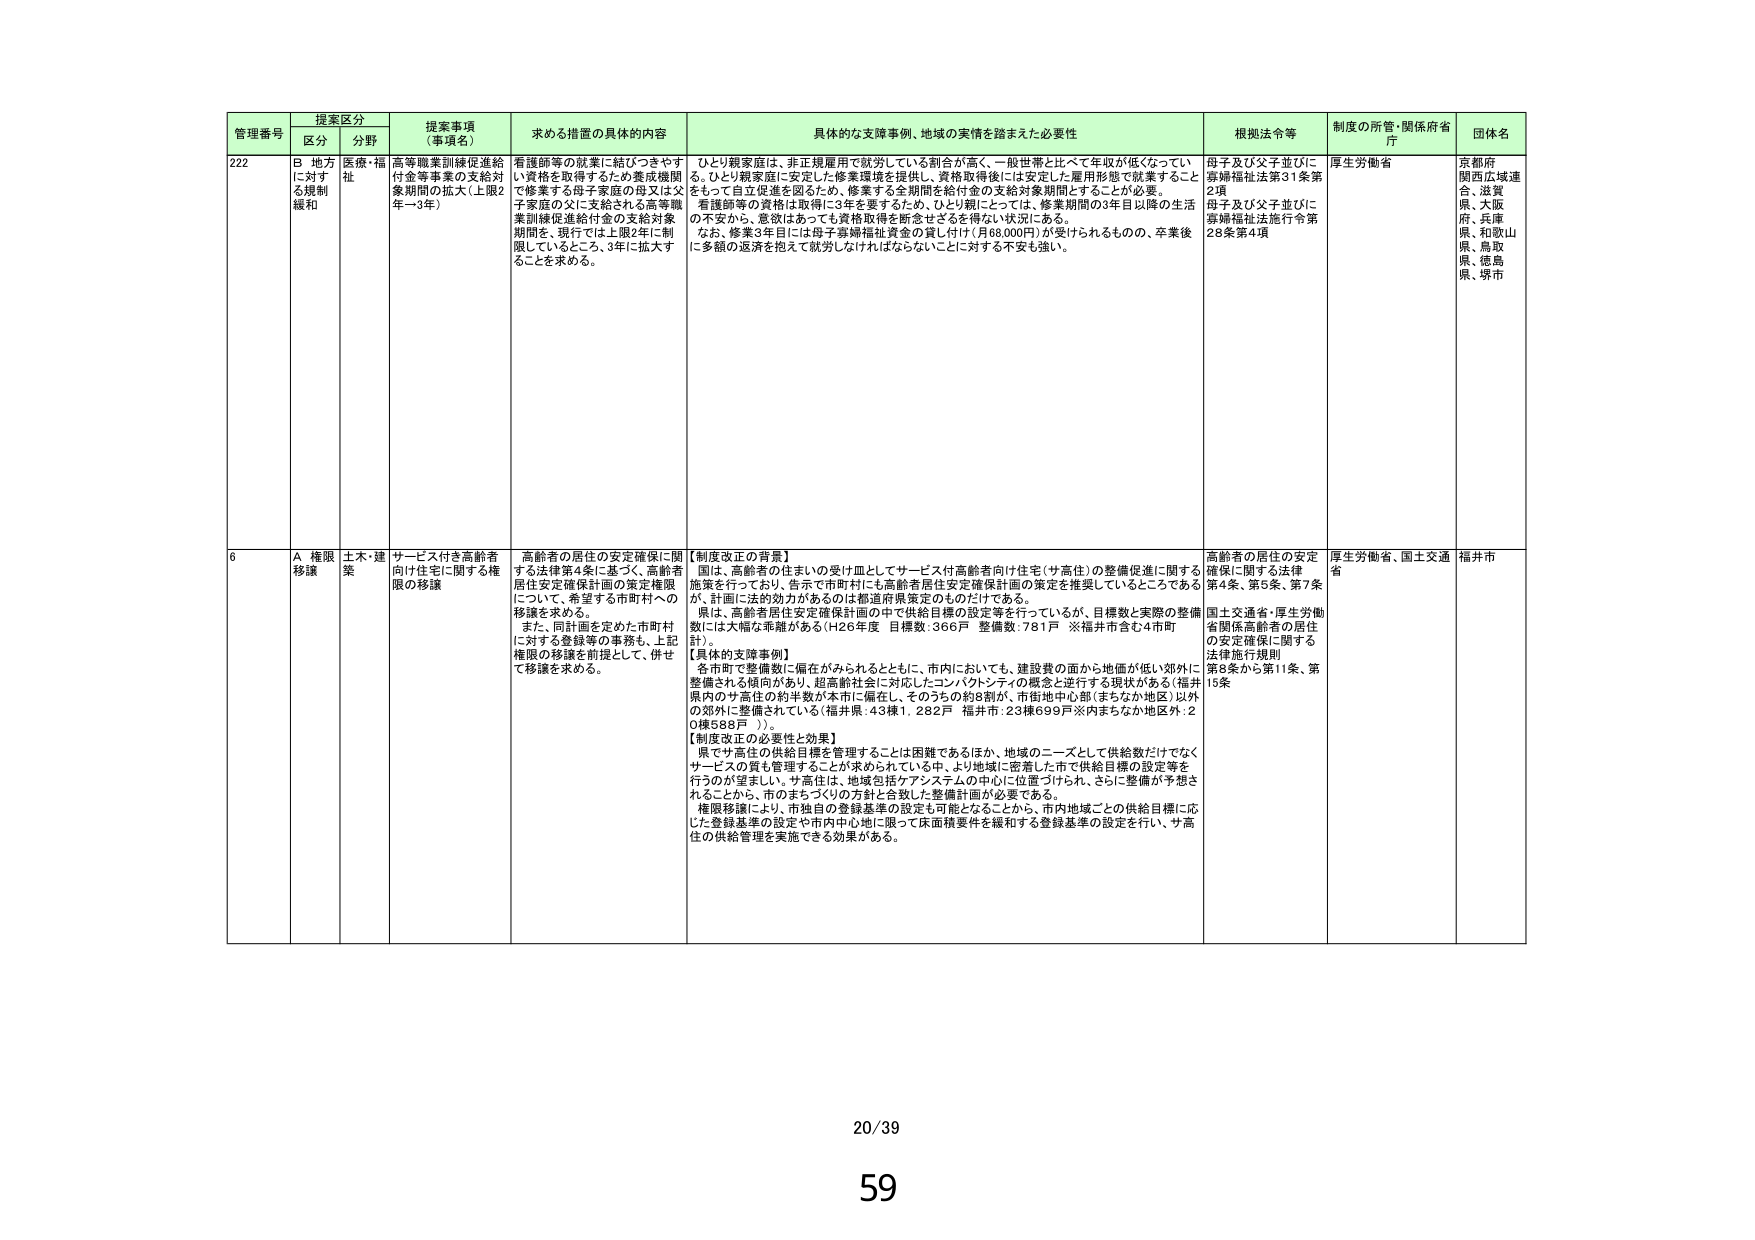
管理番号 提案区分 提案事項 （事項名） 求める措置の具体的内容 具体的な支援事例、地域の実情を踏まえた必要性 根拠法令等 制度の所管・関係府省庁 団体名
区分 分野
222 B 地方に対する規制緩和 医療・福祉 高等職業訓練促進給付金等事業の支給対象期間の拡大（上限2年→3年） 看護師等の就業に結びつきやすい資格を取得するための養成機関で修業する母子家庭の母又は父子家庭の父に支給される高等職業訓練促進給付金の支給対象期間を、現行では上限2年に制限しているところ、3年に拡大することを求める。 ひとり親家庭は、非正規雇用で就労している割合が高く、一般世帯と比べて年収が低くなっている。ひとり親家庭に安定した修業環境を提供し、資格取得後は安定した雇用形態で就業することをもって自己促進を図るため、修業する全期間を給付金の支給対象期間とすることが必要。 看護師等の資格は取得に3年を要するため、ひとり親にとっては、修業期間の3年目以降の生活の不安から、意欲があっても資格取得を断念せざるを得ない状況にある。 なお、修業3年目には母子寡婦福祉資金の貸し付け（月68,000円）が受けられるものの、卒業後に多額の返済を抱えて就労しなければならないことに対する不安も強い。 母子及び父子並びに寡婦福祉法第31条第2項 母子及び父子並びに寡婦福祉法施行令第28条第4項 厚生労働省 京都府 関西広域連合、滋賀県、大阪府、兵庫県、和歌山県、鳥取県、徳島県、堺市
6 A 権限移譲 土木・建築 サービス付き高齢者向け住宅に関する権限の移譲 高齢者の居住の安定確保に関する法律第4条に基づく、高齢者居住安定確保計画の策定権限について、希望する市町村への移譲を求める。 また、同計画を定めた市町村に対する登録等の事務も、上記権限の移譲を前提として、併せて移譲を求める。 【制度改正の背景】 国は、高齢者の住まいの受け皿としてサービス付き高齢者向け住宅（サ高住）の整備促進に関する施策を行っており、告示で市町村にも高齢者居住安定確保計画の策定を推奨しているところであるが、計画に法的効力があるのは都道府県策定のものだけである。 県は、高齢者居住安定確保計画の中で供給目標の設定等を行っているが、目標数と実際の整備数には大幅な乖離がある（H26年度 目標数：366戸 整備数：781戸 ※福井市含む4市町計）。 【具体的支援事例】 各市町で整備数に偏在がみられるとともに、市内においても、建設費の面から地価が低い郊外に整備される傾向があり、超高齢社会に対応したコンパクトシティの概念と逆行する現状がある（福井県内のサ高住の約半数が本市に偏在し、そのうちの約8割が、市街地中心部（まちなか地区）以外の郊外に整備されている（福井県：43棟1,282戸 福井市：23棟699戸※内まちなか地区外：20棟588戸））。 【制度改正の必要性と効果】 県でサ高住の供給目標を管理することは困難であるほか、地域のニーズとして供給数だけでなくサービスの質も管理することが求められている中、より地域に密着した市で供給目標の設定等を行うのが望ましい。サ高住は、地域包括ケアシステムの中心に位置づけられ、さらに整備が予想されることから、市のまちづくりの方針に合致した整備計画が必要である。 権限移譲により、市独自の登録基準の設定も可能となることから、市内地域ごとの供給目標に応じた登録基準の設定や市内中心地に限って床面積要件を緩和する登録基準の設定を行い、サ高住の供給管理を実施できる効果がある。 高齢者の居住の安定確保に関する法律第4条、第5条、第7条 国土交通省・厚生労働省関係高齢者の居住の安定確保に関する法律施行規則第8条から第11条、第13条 厚生労働省、国土交通省 福井市
20/39
59